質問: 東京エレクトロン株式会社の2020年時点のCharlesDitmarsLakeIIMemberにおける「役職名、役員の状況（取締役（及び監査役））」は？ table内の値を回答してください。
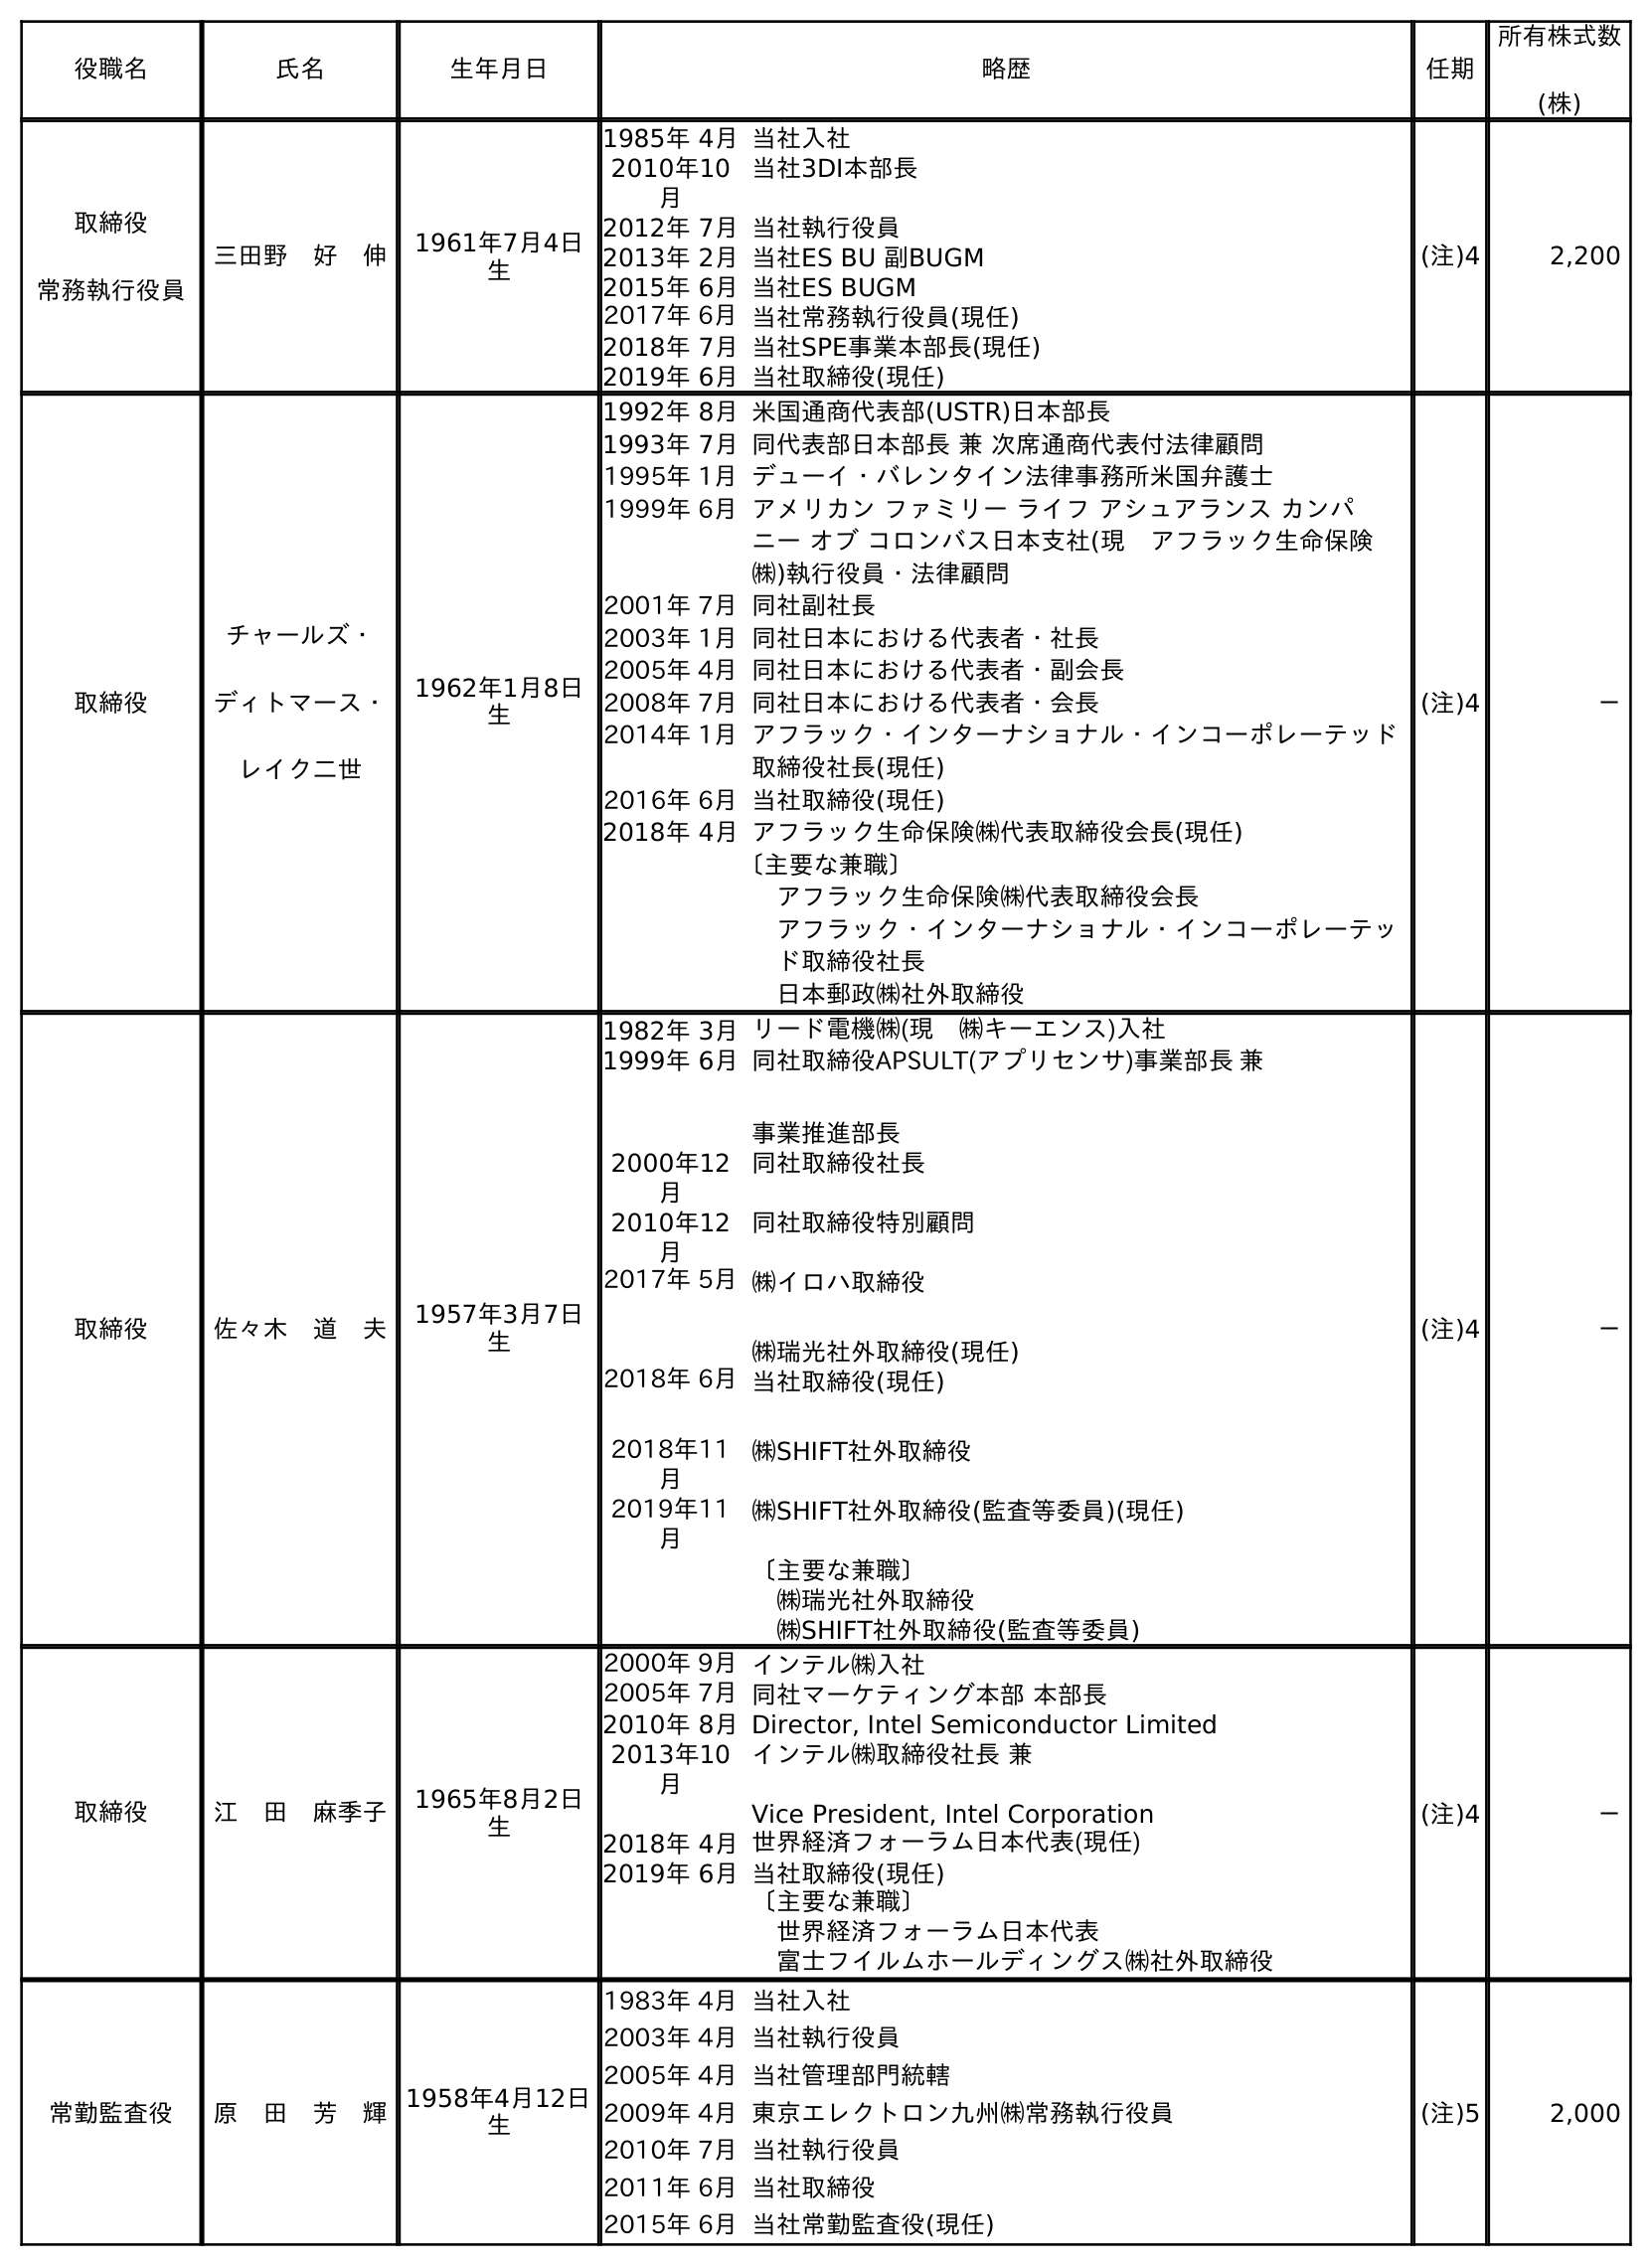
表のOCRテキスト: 役職名 氏名 生年月日 略歴 任期 所有株式数 (株) 取締役 常務執行役員 三田野 好 伸 1961年7月4日 生 1985年 4月当社入社 2010年10 月 当社3DI本部長 2012年 7月当社執行役員 2013年 2月当社ES BU 副BUGM 2015年 6月当社ES BUGM 2017年 6月当社常務執行役員(現任) 2018年 7月当社SPE事業本部長(現任) 2019年 6月当社取締役(現任) (注)4 2,200 取締役 チャールズ・ ディトマース・ レイク二世 1962年1月8日 生 1992年 8月米国通商代表部(USTR)日本部長 1993年 7月同代表部日本部長 兼 次席通商代表付法律顧問 1995年 1月デューイ・バレンタイン法律事務所米国弁護士 1999年 6月アメリカン ファミリー ライフ アシュアランス カンパ ニー オブ コロンバス日本支社(現 アフラック生命保険 ㈱)執行役員・法律顧問 2001年 7月同社副社長 2003年 1月同社日本における代表者・社長 2005年 4月同社日本における代表者・副会長 2008年 7月同社日本における代表者・会長 2014年 1月アフラック・インターナショナル・インコーポレーテッド 取締役社長(現任) 2016年 6月当社取締役(現任) 2018年 4月アフラック生命保険㈱代表取締役会長(現任) 〔主要な兼職〕 アフラック生命保険㈱代表取締役会長 アフラック・インターナショナル・インコーポレーテッ ド取締役社長 日本郵政㈱社外取締役 (注)4 － 取締役 佐々木 道 夫 1957年3月7日 生 1982年 3月リード電機㈱(現 ㈱キーエンス)入社 1999年 6月同社取締役APSULT(アプリセンサ)事業部長 兼 事業推進部長 2000年12 月 同社取締役社長 2010年12 月 同社取締役特別顧問 2017年 5月㈱イロハ取締役 ㈱瑞光社外取締役(現任) 2018年 6月 2018年11 月 当社取締役(現任) ㈱SHIFT社外取締役 2019年11 月 ㈱SHIFT社外取締役(監査等委員)(現任) 〔主要な兼職〕 ㈱瑞光社外取締役 ㈱SHIFT社外取締役(監査等委員) (注)4 － 取締役 江 田 麻季子 1965年8月2日 生 2000年 9月インテル㈱入社 2005年 7月同社マーケティング本部 本部長 2010年 8月Director, Intel Semiconductor Limited 2013年10 月 インテル㈱取締役社長 兼 Vice President, Intel Corporation 2018年 4月世界経済フォーラム日本代表(現任) 2019年 6月当社取締役(現任) 〔主要な兼職〕 世界経済フォーラム日本代表 富士フイルムホールディングス㈱社外取締役 (注)4 － 常勤監査役 原 田 芳 輝1958年4月12日 生 1983年 4月当社入社 2003年 4月当社執行役員 2005年 4月当社管理部門統轄 2009年 4月東京エレクトロン九州㈱常務執行役員 2010年 7月当社執行役員 2011年 6月当社取締役 2015年 6月当社常勤監査役(現任) (注)5 2,000
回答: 取締役